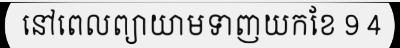
នៅពេលព្យាយាមទាញយកខែ 9 4